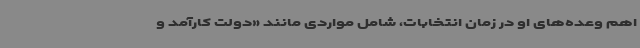
اهم وعده‌های او در زمان انتخابات، شامل مواردی مانند «دولت کارآمد و